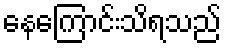
နေကြောင်းသိရသည်